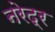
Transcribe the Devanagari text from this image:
नरेद्र